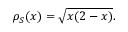
\rho _ { S } ( x ) = { \sqrt { x ( 2 - x ) } } .